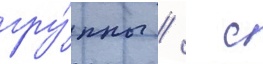
гру́ппы   с